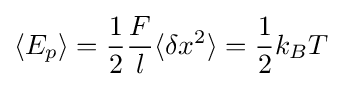
\langle E_{p}\rangle ={\frac {1}{2}}{\frac {F}{l}}\langle \delta x^{2}\rangle ={\frac {1}{2}}k_{B}T